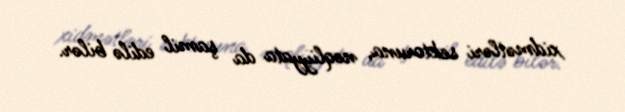
xidmətləri sektoruna, nəqliyyata da şamil edilə bilər.